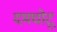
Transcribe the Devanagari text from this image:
दमघोटू